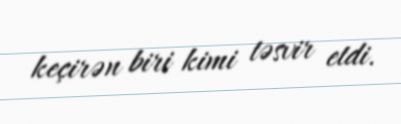
keçirən biri kimi təsvir etdi.